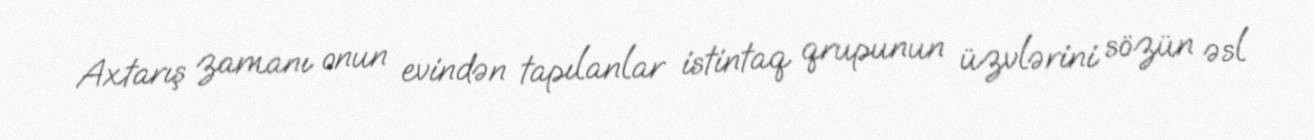
Axtarış zamanı onun evindən tapılanlar istintaq qrupunun üzvlərini sözün əsl